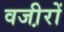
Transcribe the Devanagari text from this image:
वजी़रों